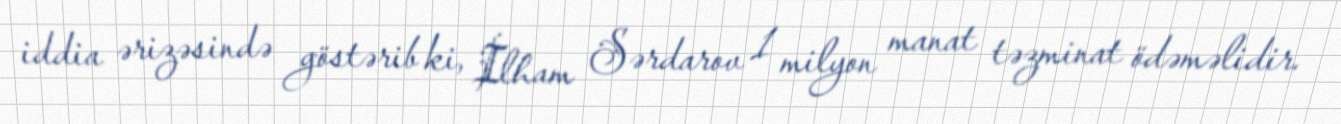
iddia ərizəsində göstərib ki, İlham Sərdarov 1 milyon manat təzminat ödəməlidir.